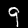
Label: 9